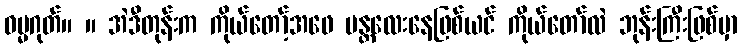
ဓမ္မဂုတ်။ ။ အဲဒီတုန်းက ကိုယ်တော့်အဖေ မန္တလေးနေဖြစ်ယင် ကိုယ်တော်လဲ ဘုန်းကြီးဖြစ်မှာ